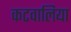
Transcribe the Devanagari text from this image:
कटवालिया